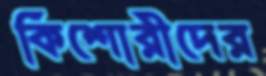
কিশোরীদের